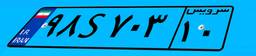
۹۸S۷۰۳۱۰